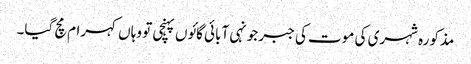
مذکورہ شہری کی موت کی جبر جونہی آبائی گائوں پہنچی تو وہاں کہرام مچ گیا۔